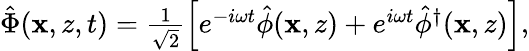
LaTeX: \begin{array}{r}{\hat{\Phi}(\mathbf{x},z,t)=\frac{1}{\sqrt{2}}\left[e^{-i\omega t}\hat{\phi}(\mathbf{x},z)+e^{i\omega t}\hat{\phi}^{\dagger}(\mathbf{x},z)\right],}\end{array}